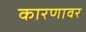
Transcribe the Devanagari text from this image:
कारणावर